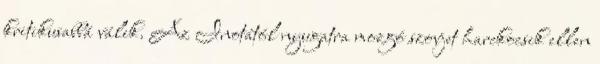
kritikusabbá válik. Az Inotától nyugatra mozgó szovjet harckocsik ellen